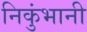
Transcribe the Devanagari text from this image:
निकुंभानी